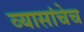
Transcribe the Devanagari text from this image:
व्यासांचेच